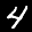
Label: 4